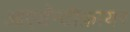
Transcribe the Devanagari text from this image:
आएडॅन्टीफ़ायर